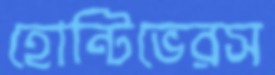
হোন্টিভেরস